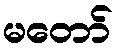
မတော်